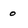
Character: o